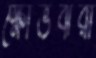
ক্ষোভঝরা